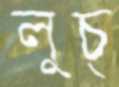
লুচ্